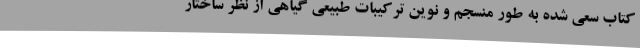
کتاب سعی شده به طور منسجم و نوین ترکیبات طبیعی گیاهی از نظر ساختار